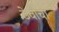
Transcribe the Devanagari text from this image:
ठेवीचा